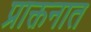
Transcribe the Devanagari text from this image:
प्राक्तनात